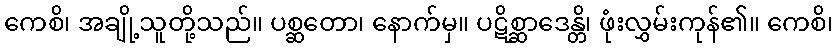
ကေစိ၊ အချို့သူတို့သည်။ ပစ္ဆတော၊ နောက်မှ။ ပဋိစ္ဆာဒေန္တိ၊ ဖုံးလွှမ်းကုန်၏။ ကေစိ၊